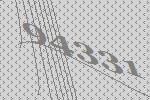
94331